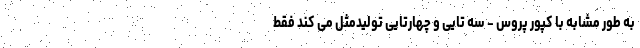
به طور مشابه با کپور پروس - سه تایی و چهارتایی تولیدمثل می کند فقط